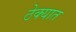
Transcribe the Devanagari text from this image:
ठेक्यात